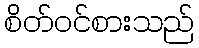
စိတ်ဝင်စားသည်